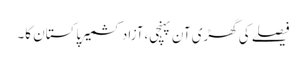
فیصلے کی گھڑی آن پہنچی،آزاد کشمیر پاکستان کا۔